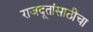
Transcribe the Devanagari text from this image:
राजदूतांसाठीचा